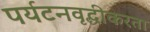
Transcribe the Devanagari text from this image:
पर्यटनवृद्धीकरता